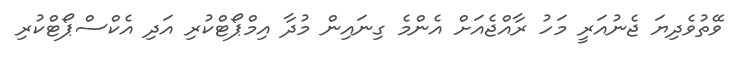
ވޭތުވެދިޔަ ޖެނުއަރީ މަހު ރާއްޖެއަށް އެންމެ ގިނައިން މުދާ އިމްޕޯޓްކުރި އަދި އެކްސްޕޯޓްކުރި